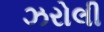
ઝરોલી